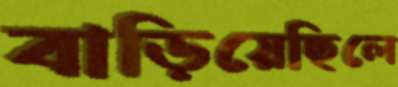
বাড়িয়েছিলে